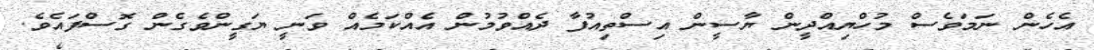
އެހެން ނަމަވެސް މުހްޔިއްދީން ޔާސީން އިސްތިއުފާ ދެއްވުމުން އެއްކަމެއް ވަނީ ޔަގީންވެގެން ގޮސްފައެވެ.